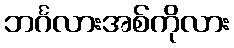
ဘင်္ဂလားအစ်ကိုလား